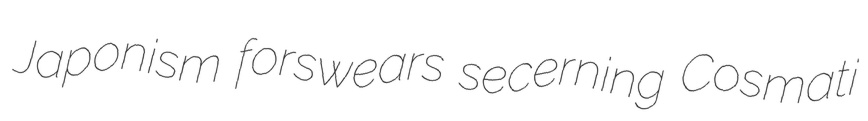
Japonism forswears secerning Cosmati